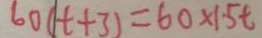
6 0 ( t + 3 ) = 6 0 \times 1 . 5 t